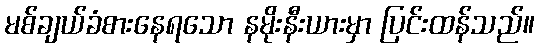
မစ်ချယ်ခံစားနေရသော နမိုးနီးယားမှာ ပြင်းထန်သည်။